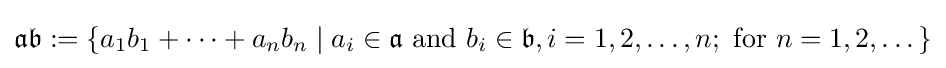
{\mathfrak {a}}{\mathfrak {b}}:=\{a_{1}b_{1}+\dots +a_{n}b_{n}\mid a_{i}\in {\mathfrak {a}}{\mbox{ and }}b_{i}\in {\mathfrak {b}},i=1,2,\dots ,n;{\mbox{ for }}n=1,2,\dots \}